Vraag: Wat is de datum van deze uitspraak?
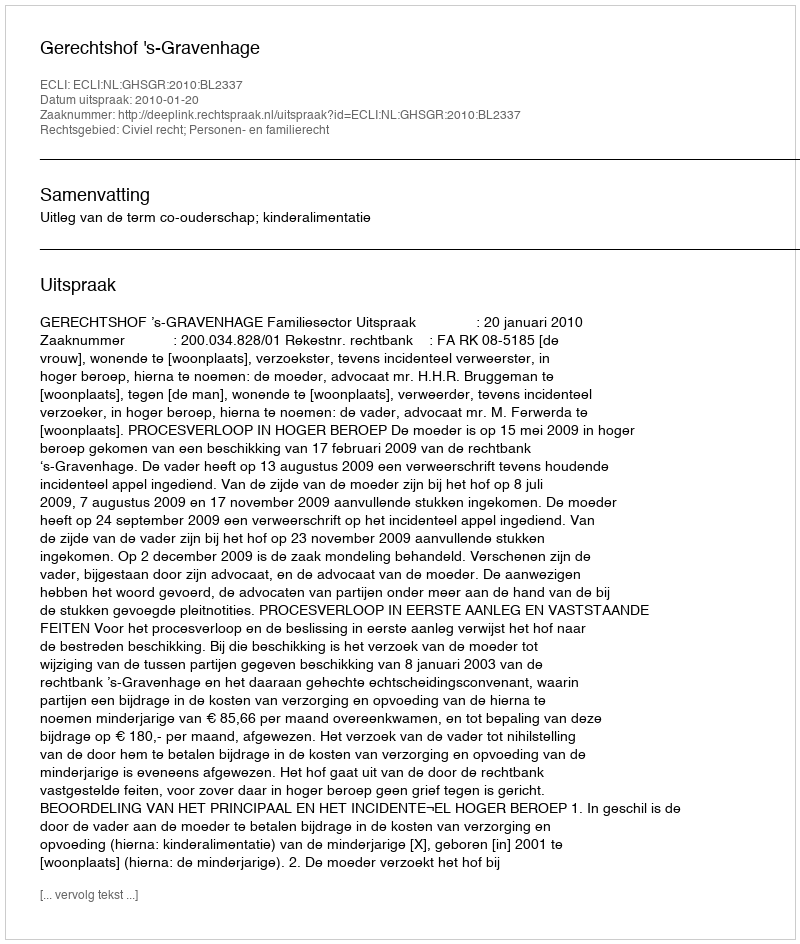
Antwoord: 2010-01-20